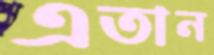
এতান